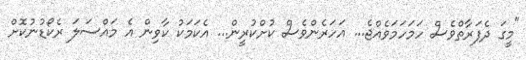
"މީގަ ދެފަރާތްވެސް ހަމަހަމަވެއްޖެ... އަހަރެންވެސް ކުށްކުރީން... އެކަމަކު ކާވިން އެ މައްސަލަ ރެކޯޑުނުކޮށް